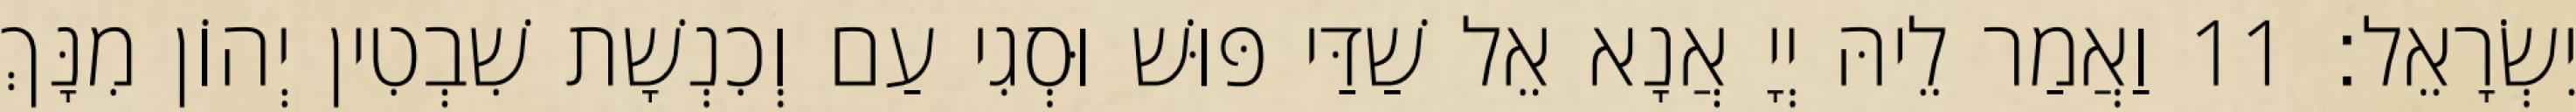
יִשְׂרָאֵל׃ 11 וַאֲמַר לֵיהּ יְיָ אֲנָא אֵל שַׁדַּי פּוּשׁ וּסְגִי עַם וְכִנְשָׁת שִׁבְטִין יְהוֹן מִנָּךְ